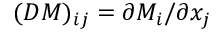
( D M ) _ { i j } = \partial M _ { i } / \partial x _ { j }